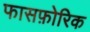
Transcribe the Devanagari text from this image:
फासफ़ोरिक